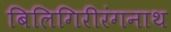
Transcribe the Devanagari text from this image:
बिलिगिरीरंगनाथ